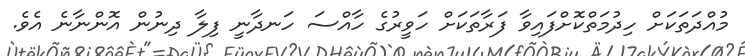
މުއްދަތަކަށް ހިދުމަތްކޮށްފައިވާ ފަރާތަކަށް ހަވީރުގެ ހާއްސަ ހަނދާނީ ފިލާ ދިނުން އޮންނާނެ އެވެ.